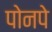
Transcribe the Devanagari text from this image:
पोनपे